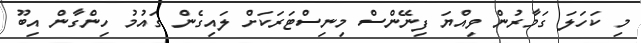
މި ކަހަލަ ގަމާރުން ވިއްޔަ ފިނޭންސް މިނިސްޓަރަކަށް ލައިގެން ގައުމު ހިންގާން އިބޫ